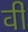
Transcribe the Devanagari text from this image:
र्वी